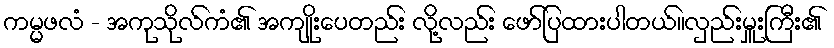
ကမ္မဖလံ - အကုသိုလ်ကံ၏ အကျိုးပေတည်း လို့လည်း ဖော်ပြထားပါတယ်။လှည်းမှူးကြီး၏